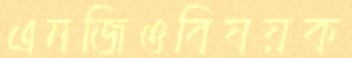
এনজিওবিষয়ক